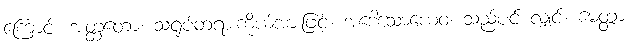
ကြောင့်။ အတ္ထတော၊ သရုပ်တရားကိုယ်အားဖြင့်။ အဒေါသောယေဝ၊ သည်ပင် လျှင်။ မေတ္တာ၊